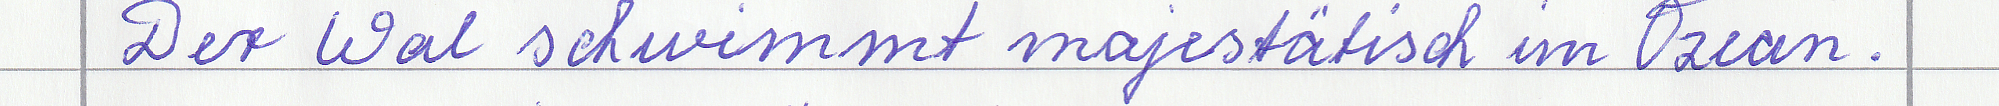
Der Wal schwimmt majestätisch im Ozean.